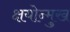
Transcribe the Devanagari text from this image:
क्षयोन्मुख